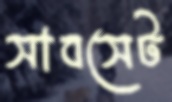
সাবসেট